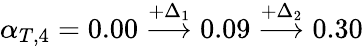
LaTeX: \alpha_{T,4}=0.00\overset{+\Delta_{1}}{\longrightarrow}0.09\overset{+\Delta_{2}}{\longrightarrow}0.30